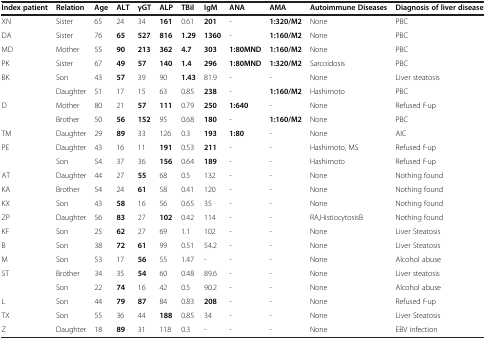
<table><thead><tr><td><b>Index patient</b></td><td><b>Relation</b></td><td><b>Age</b></td><td><b>ALT</b></td><td><b>γGT</b></td><td><b>ALP</b></td><td><b>TBil</b></td><td><b>IgM</b></td><td><b>ANA</b></td><td><b>AMA</b></td><td><b>Autoimmune Diseases</b></td><td><b>Diagnosis of liver disease</b></td></tr></thead><tbody><tr><td>XN</td><td>Sister</td><td>65</td><td>24</td><td>34</td><td><b>161</b></td><td>0.61</td><td><b>201</b></td><td>-</td><td><b>1:320/M2</b></td><td>None</td><td>PBC</td></tr><tr><td>DA</td><td>Sister</td><td>76</td><td><b>65</b></td><td><b>527</b></td><td><b>816</b></td><td><b>1.29</b></td><td><b>1360</b></td><td>-</td><td><b>1:160/M2</b></td><td>None</td><td>PBC</td></tr><tr><td>MD</td><td>Mother</td><td>55</td><td><b>90</b></td><td><b>213</b></td><td><b>362</b></td><td><b>4.7</b></td><td><b>303</b></td><td><b>1:80MND</b></td><td><b>1:160/M2</b></td><td>None</td><td>PBC</td></tr><tr><td>PK</td><td>Sister</td><td>67</td><td><b>49</b></td><td><b>57</b></td><td><b>140</b></td><td><b>1.4</b></td><td><b>296</b></td><td><b>1:80MND</b></td><td><b>1:320/M2</b></td><td>Sarcoidosis</td><td>PBC</td></tr><tr><td rowspan="2">BK</td><td>Son</td><td>43</td><td><b>57</b></td><td>39</td><td>90</td><td><b>1.43</b></td><td>81.9</td><td>-</td><td>-</td><td>None</td><td>Liver steatosis</td></tr><tr><td>Daughter</td><td>51</td><td>17</td><td>15</td><td>63</td><td>0.85</td><td><b>238</b></td><td>-</td><td><b>1:160/M2</b></td><td>Hashimoto</td><td>PBC</td></tr><tr><td rowspan="2">D</td><td>Mother</td><td>80</td><td>21</td><td><b>57</b></td><td><b>111</b></td><td>0.79</td><td><b>250</b></td><td><b>1:640</b></td><td>-</td><td>None</td><td>Refused f-up</td></tr><tr><td>Brother</td><td>50</td><td><b>56</b></td><td><b>152</b></td><td>95</td><td>0.68</td><td><b>180</b></td><td>-</td><td><b>1:160/M2</b></td><td>None</td><td>PBC</td></tr><tr><td>TM</td><td>Daughter</td><td>29</td><td><b>89</b></td><td>33</td><td>126</td><td>0.3</td><td><b>193</b></td><td><b>1:80</b></td><td>-</td><td>None</td><td>AIC</td></tr><tr><td rowspan="2">PE</td><td>Daughter</td><td>43</td><td>16</td><td>11</td><td><b>191</b></td><td>0.53</td><td><b>211</b></td><td>-</td><td>-</td><td>Hashimoto, MS</td><td>Refused f-up</td></tr><tr><td>Son</td><td>54</td><td>37</td><td>36</td><td><b>156</b></td><td>0.64</td><td><b>189</b></td><td>-</td><td>-</td><td>Hashimoto</td><td>Refused f-up</td></tr><tr><td>AT</td><td>Daughter</td><td>44</td><td>27</td><td><b>55</b></td><td>68</td><td>0.5</td><td>132</td><td>-</td><td>-</td><td>None</td><td>Nothing found</td></tr><tr><td>KA</td><td>Brother</td><td>54</td><td>24</td><td><b>61</b></td><td>58</td><td>0.41</td><td>120</td><td>-</td><td>-</td><td>None</td><td>Nothing found</td></tr><tr><td>KX</td><td>Son</td><td>43</td><td><b>58</b></td><td>16</td><td>56</td><td>0.65</td><td>35</td><td>-</td><td>-</td><td>None</td><td>Nothing found</td></tr><tr><td>ZP</td><td>Daughter</td><td>56</td><td><b>83</b></td><td>27</td><td><b>102</b></td><td>0.42</td><td>114</td><td>-</td><td>-</td><td>RA,HistiocytosisB</td><td>Nothing found</td></tr><tr><td>KF</td><td>Son</td><td>25</td><td><b>62</b></td><td>27</td><td>69</td><td>1.1</td><td>102</td><td>-</td><td>-</td><td>None</td><td>Liver Steatosis</td></tr><tr><td>B</td><td>Son</td><td>38</td><td><b>72</b></td><td><b>61</b></td><td>99</td><td>0.51</td><td>54.2</td><td>-</td><td>-</td><td>None</td><td>Liver Steatosis</td></tr><tr><td>M</td><td>Son</td><td>53</td><td>17</td><td><b>56</b></td><td>55</td><td>1.47</td><td>-</td><td>-</td><td>-</td><td>None</td><td>Alcohol abuse</td></tr><tr><td rowspan="2">ST</td><td>Brother</td><td>34</td><td>35</td><td><b>54</b></td><td>60</td><td>0.48</td><td>89.6</td><td>-</td><td>-</td><td>None</td><td>Liver steatosis</td></tr><tr><td>Son</td><td>22</td><td><b>74</b></td><td>16</td><td>42</td><td>0.5</td><td>90.2</td><td>-</td><td>-</td><td>None</td><td>Alcohol abuse</td></tr><tr><td>L</td><td>Son</td><td>44</td><td><b>79</b></td><td><b>87</b></td><td>84</td><td>0.83</td><td><b>208</b></td><td>-</td><td>-</td><td>None</td><td>Refused f-up</td></tr><tr><td>TX</td><td>Son</td><td>55</td><td>36</td><td>44</td><td><b>188</b></td><td>0.85</td><td>34</td><td>-</td><td>-</td><td>None</td><td>Liver Steatosis</td></tr><tr><td>Z</td><td>Daughter</td><td>18</td><td><b>89</b></td><td>31</td><td>118</td><td>0.3</td><td>-</td><td>-</td><td>-</td><td>None</td><td>EBV infection</td></tr></tbody></table>